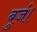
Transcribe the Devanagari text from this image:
बुर्ज।